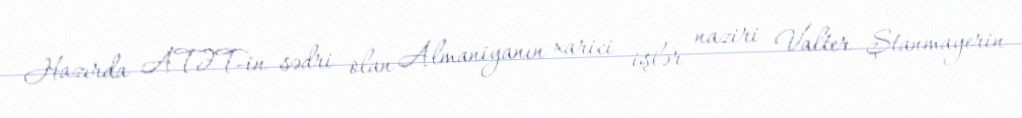
Hazırda ATƏT-in sədri olan Almaniyanın xarici işlər naziri Valter Ştanmayerin